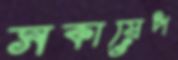
সকায়েপ